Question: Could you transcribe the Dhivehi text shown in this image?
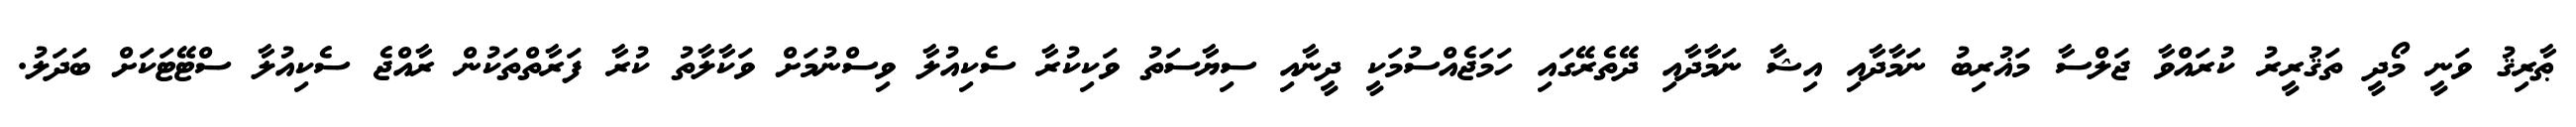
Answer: ޠާރިޤު ވަނީ މޯދީ ތަޤުރީރު ކުރައްވާ ޖަލްސާ މަޣުރިބު ނަމާދާއި އިޝާ ނަމާދާއި ދޭތެރޭގައި ހަމަޖެއްސުމަކީ ދީނާއި ސިޔާސަތު ވަކިކުރާ ސެކިއުލާ ވިސްނުމަށް ވަކާލާތު ކުރާ ފަރާތްތަކުން ރާއްޖެ ސެކިއުލާ ސްޓޭޓަކަށް ބަދަލު.